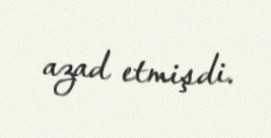
azad etmişdi.